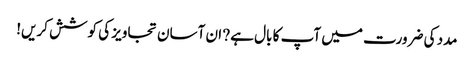
مدد کی ضرورت میں آپ کا بال ہے? ان آسان تجاویز کی کوشش کریں!